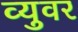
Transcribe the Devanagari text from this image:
व्युवर